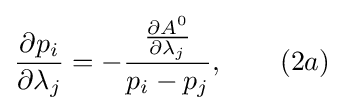
{\frac {\partial p_{i}}{\partial \lambda _{j}}}=-{\frac {\frac {\partial A^{0}}{\partial \lambda _{j}}}{p_{i}-p_{j}}},\qquad (2a)